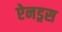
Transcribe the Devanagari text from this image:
ऐनड्रस